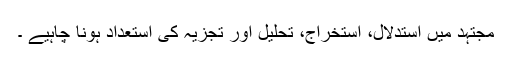
مجتہد میں استدلال، استخراج، تحلیل اور تجزیہ کی استعداد ہونا چاہیے ۔